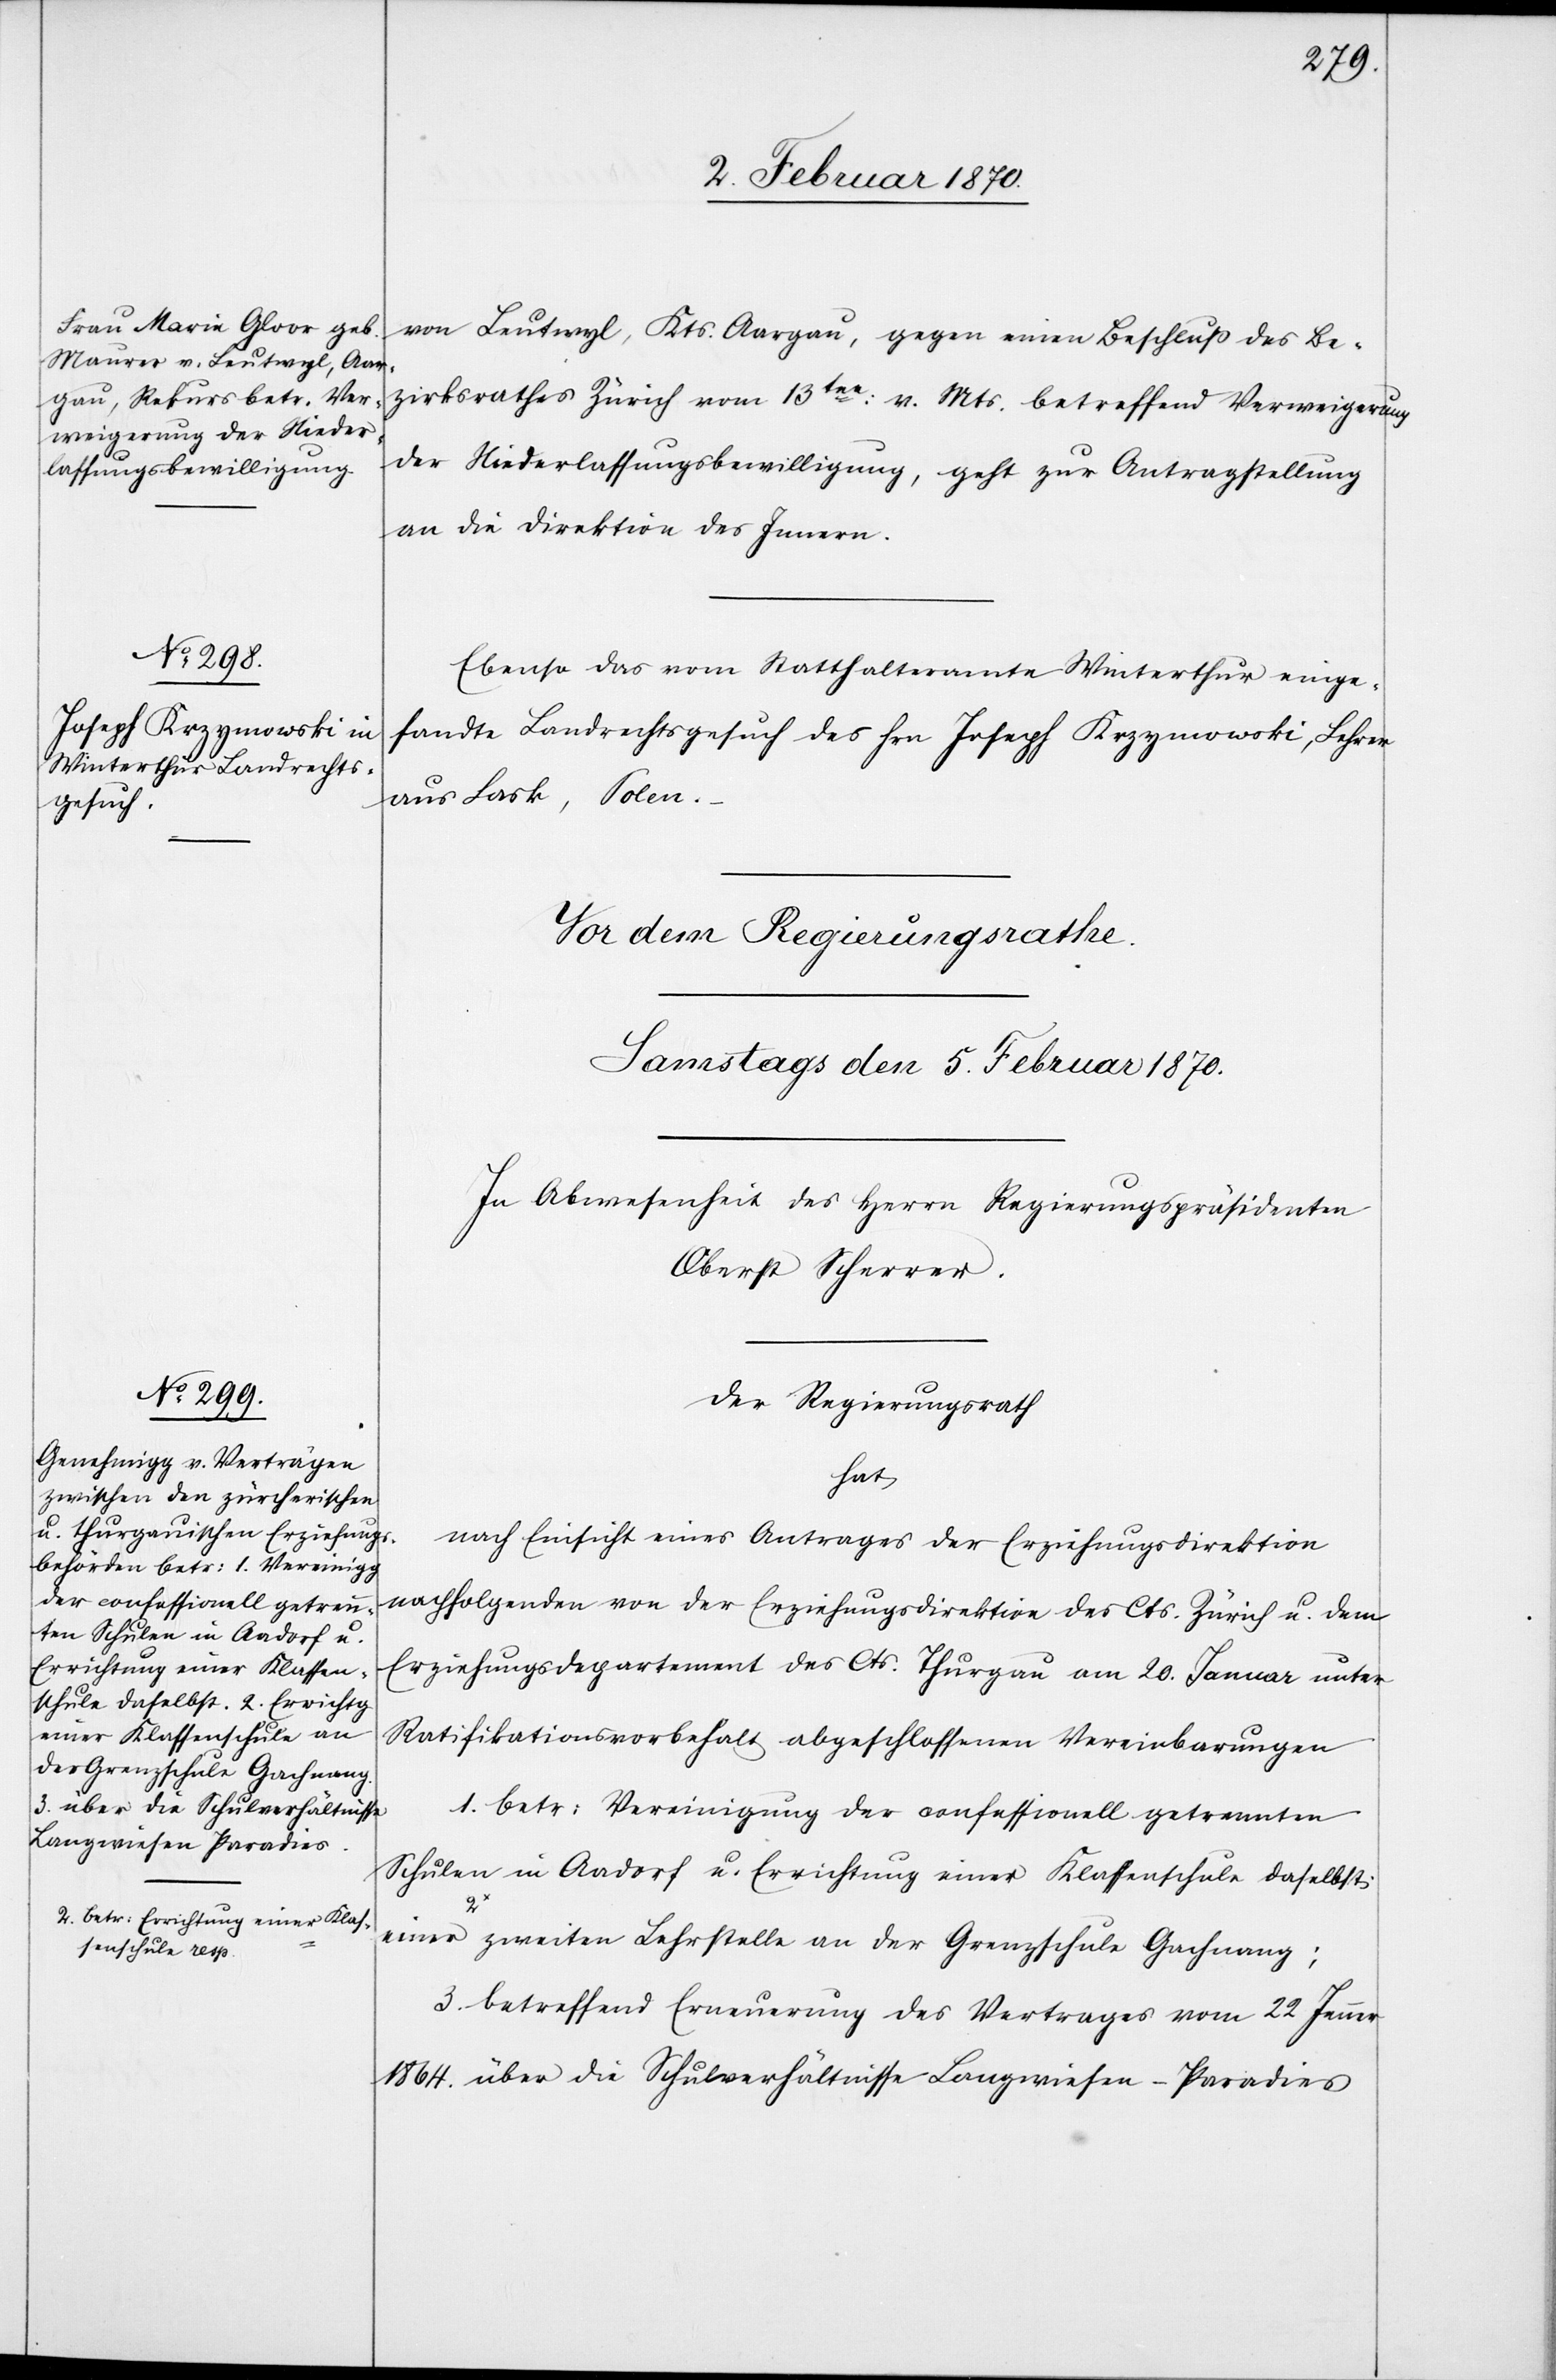
a-2. betr: Errichtung einer Klas¬
senschule resp.-a

4. Februar 1870.]
von Leutwyl, Kts. Aargau, gegen einen Beschluss des Be¬
zirksrathes Zürich vom 13ten: v. Mts. betreffend Verweigerung
der Niederlassungsbewilligung, geht zur Antragstellung
an die Direktion des Innern.
Ebenso das vom Statthalteramte Winterthur einge¬
sandte Landrechtsgesuch des Hrn. Joseph Krzymowski, Lehrer
aus Lask, Polen.
Der Regierungsrath
hat
nach Einsicht eines Antrages der Erziehungsdirektion
nachfolgenden von der Erziehungsdirektive des Cts. Zürich u. dem
Erziehungsdepartement des Cts. Thurgau am 20. Januar unter
Ratifikationsvorbehalt abgeschlossenen Vereinbarungen
1. betr: Vereinigung der confessionell getrennten
Schulen in Aadorf u. Errichtung einer Klassenschule daselbst;
einer zweiten Lehrstelle an der Grenzschule Gachnang;
3. betreffend Erneuerung des Vertrages vom 22 Jenner
1864. über die Schulverhältnisse Langwiesen-Paradies